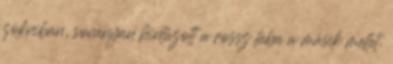
zokniban, soványan hintázott a rossz lába a másik mellet.